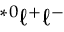
^ { \ast 0 } \ell ^ { + } \ell ^ { - }